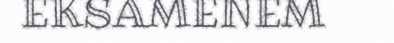
EKSAMENEM